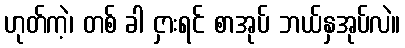
ဟုတ်ကဲ့၊ တစ် ခါ ငှားရင် စာအုပ် ဘယ်နှအုပ်လဲ။